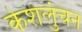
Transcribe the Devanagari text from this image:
केशलुंचन